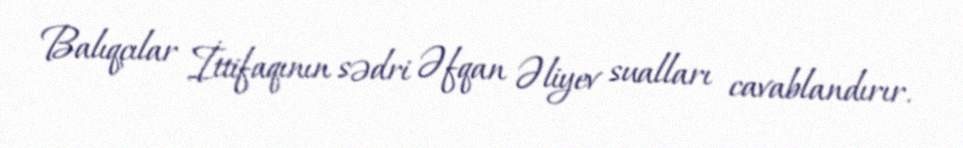
Balıqçılar İttifaqının sədri Əfqan Əliyev sualları cavablandırır.